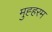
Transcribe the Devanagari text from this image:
मुह्हरम